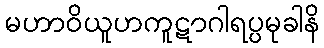
မဟာဝိယူဟကူဋာဂါရပ္ပမုခါနိ